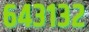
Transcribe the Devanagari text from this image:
६४३१३२